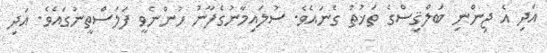
އަދި އެ ޖިންނި ބަލްޤިސްގެ ތަޚުތު ގެނައެވެ. ސުލައިމާނުގެފާނު ހުންނެވީ ފަލަސްތީނުގައެވެ. އަދި